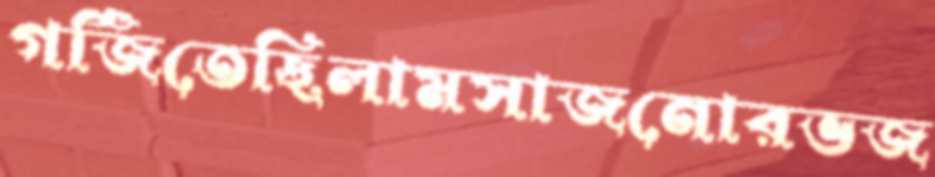
গর্জিতেছিলামসাজনোরভজ